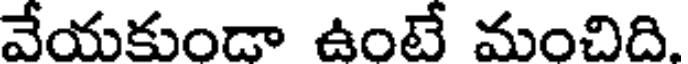
వేయకుండా ఉంటే మంచిది.